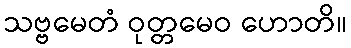
သဗ္ဗမေတံ ဝုတ္တမေဝ ဟောတိ။